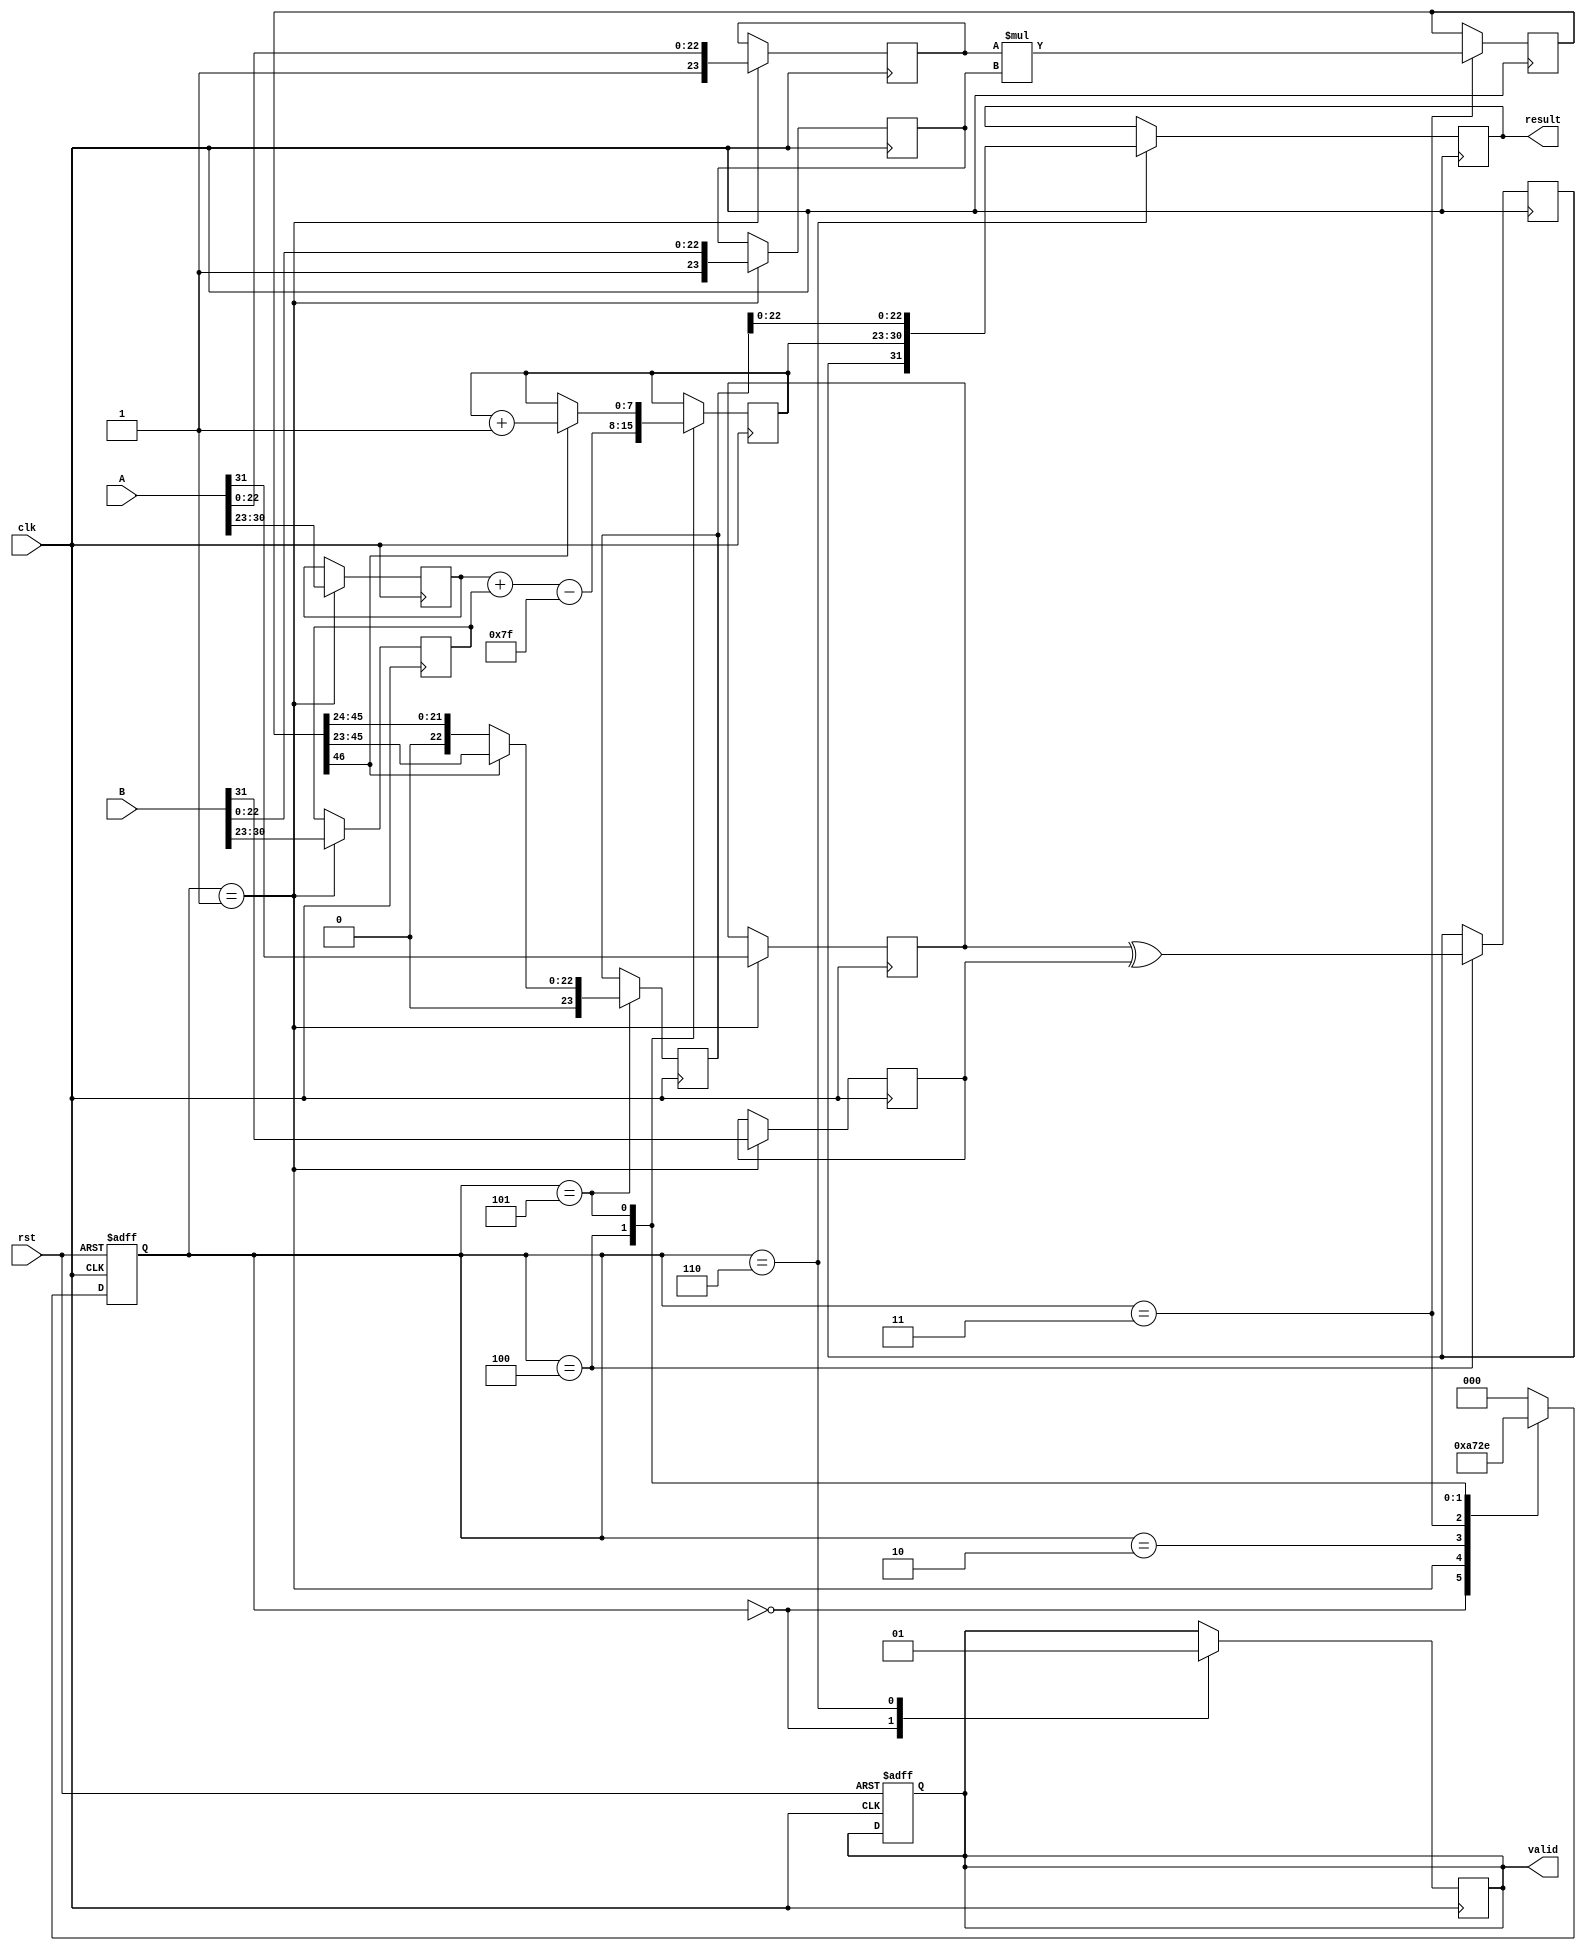
module pipelined_fp_multiplier (
    input clk,
    input rst,
    input [31:0] A,
    input [31:0] B,
    output reg [31:0] result,
    output reg valid
);

    // Pipeline registers
    reg [31:0] A_reg, B_reg;
    reg [7:0] exp_A, exp_B, exp_result;
    reg [23:0] mant_A, mant_B, mant_product;
    reg sign_A, sign_B, sign_result;
    reg [46:0] mant_product_full; // 23 + 23 + 1 for overflow
    reg [4:0] shift_amount; // For normalization

    // Control signals
    reg [2:0] state, next_state;
    localparam IDLE = 3'b000,
               INPUT = 3'b001,
               NORMALIZE = 3'b010,
               MULTIPLY = 3'b011,
               EXPONENT = 3'b100,
               ROUND = 3'b101,
               OUTPUT = 3'b110;

    // State machine for the pipeline
    always @(posedge clk or posedge rst) begin
        if (rst) begin
            state <= IDLE;
            valid <= 0;
        end else begin
            state <= next_state;
        end
    end

    // State transitions
    always @(*) begin
        case (state)
            IDLE: next_state = INPUT;
            INPUT: next_state = NORMALIZE;
            NORMALIZE: next_state = MULTIPLY;
            MULTIPLY: next_state = EXPONENT;
            EXPONENT: next_state = ROUND;
            ROUND: next_state = OUTPUT;
            OUTPUT: next_state = IDLE;
            default: next_state = IDLE;
        endcase
    end

    // Combinational logic for each state
    always @(posedge clk) begin
        case (state)
            IDLE: begin
                // Waiting for inputs
                valid <= 0;
            end
            INPUT: begin
                A_reg <= A;
                B_reg <= B;
                sign_A <= A[31];
                sign_B <= B[31];
                exp_A <= A[30:23];
                exp_B <= B[30:23];
                mant_A <= {1'b1, A[22:0]}; // Implicit leading 1
                mant_B <= {1'b1, B[22:0]}; // Implicit leading 1
            end
            NORMALIZE: begin
                // No normalization needed, assume inputs are already normalized.
                // Further normalization logic can be added if necessary.
            end
            MULTIPLY: begin
                // Multiply mantissas
                mant_product_full <= mant_A * mant_B;
            end
            EXPONENT: begin
                // Calculate exponent
                exp_result <= exp_A + exp_B - 127; // Subtract bias
                sign_result <= sign_A ^ sign_B; // XOR for sign
            end
            ROUND: begin
                // Rounding logic can be added here if needed
                // For simplicity, we will not implement rounding in this example
                mant_product <= mant_product_full[46:24]; // Take the most significant 24 bits
                // Handle normalization of mantissa if needed
                if (mant_product_full[46]) begin
                    // If overflow, shift right
                    mant_product <= mant_product_full[45:23];
                    exp_result <= exp_result + 1;
                end
            end
            OUTPUT: begin
                // Assemble final result
                result <= {sign_result, exp_result[7:0], mant_product[22:0]};
                valid <= 1;
            end
        endcase
    end

endmodule